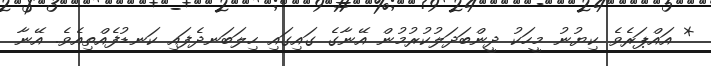
* އައްޕަރެވެ ކިޔުނު މީހަކު ދީންބަދަލުކުރުމުން އޭނާގެ ގައިގައި ހިލަބަނދެފައި ކަނޑުފެއްތިއެވެ. އޭނާ